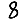
Digit: 8